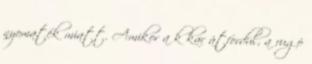
nyomaték miatt. Amikor a k kar átfordul, a rugó